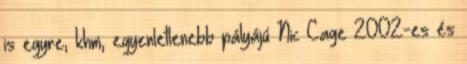
is egyre, khm, egyenletlenebb pályájú Nic Cage 2002-es és